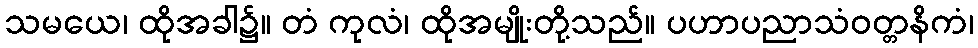
သမယေ၊ ထိုအခါ၌။ တံ ကုလံ၊ ထိုအမျိုးတို့သည်။ ပဟာပညာသံဝတ္တနိကံ၊